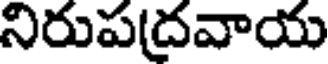
నిరుపద్రవాయ